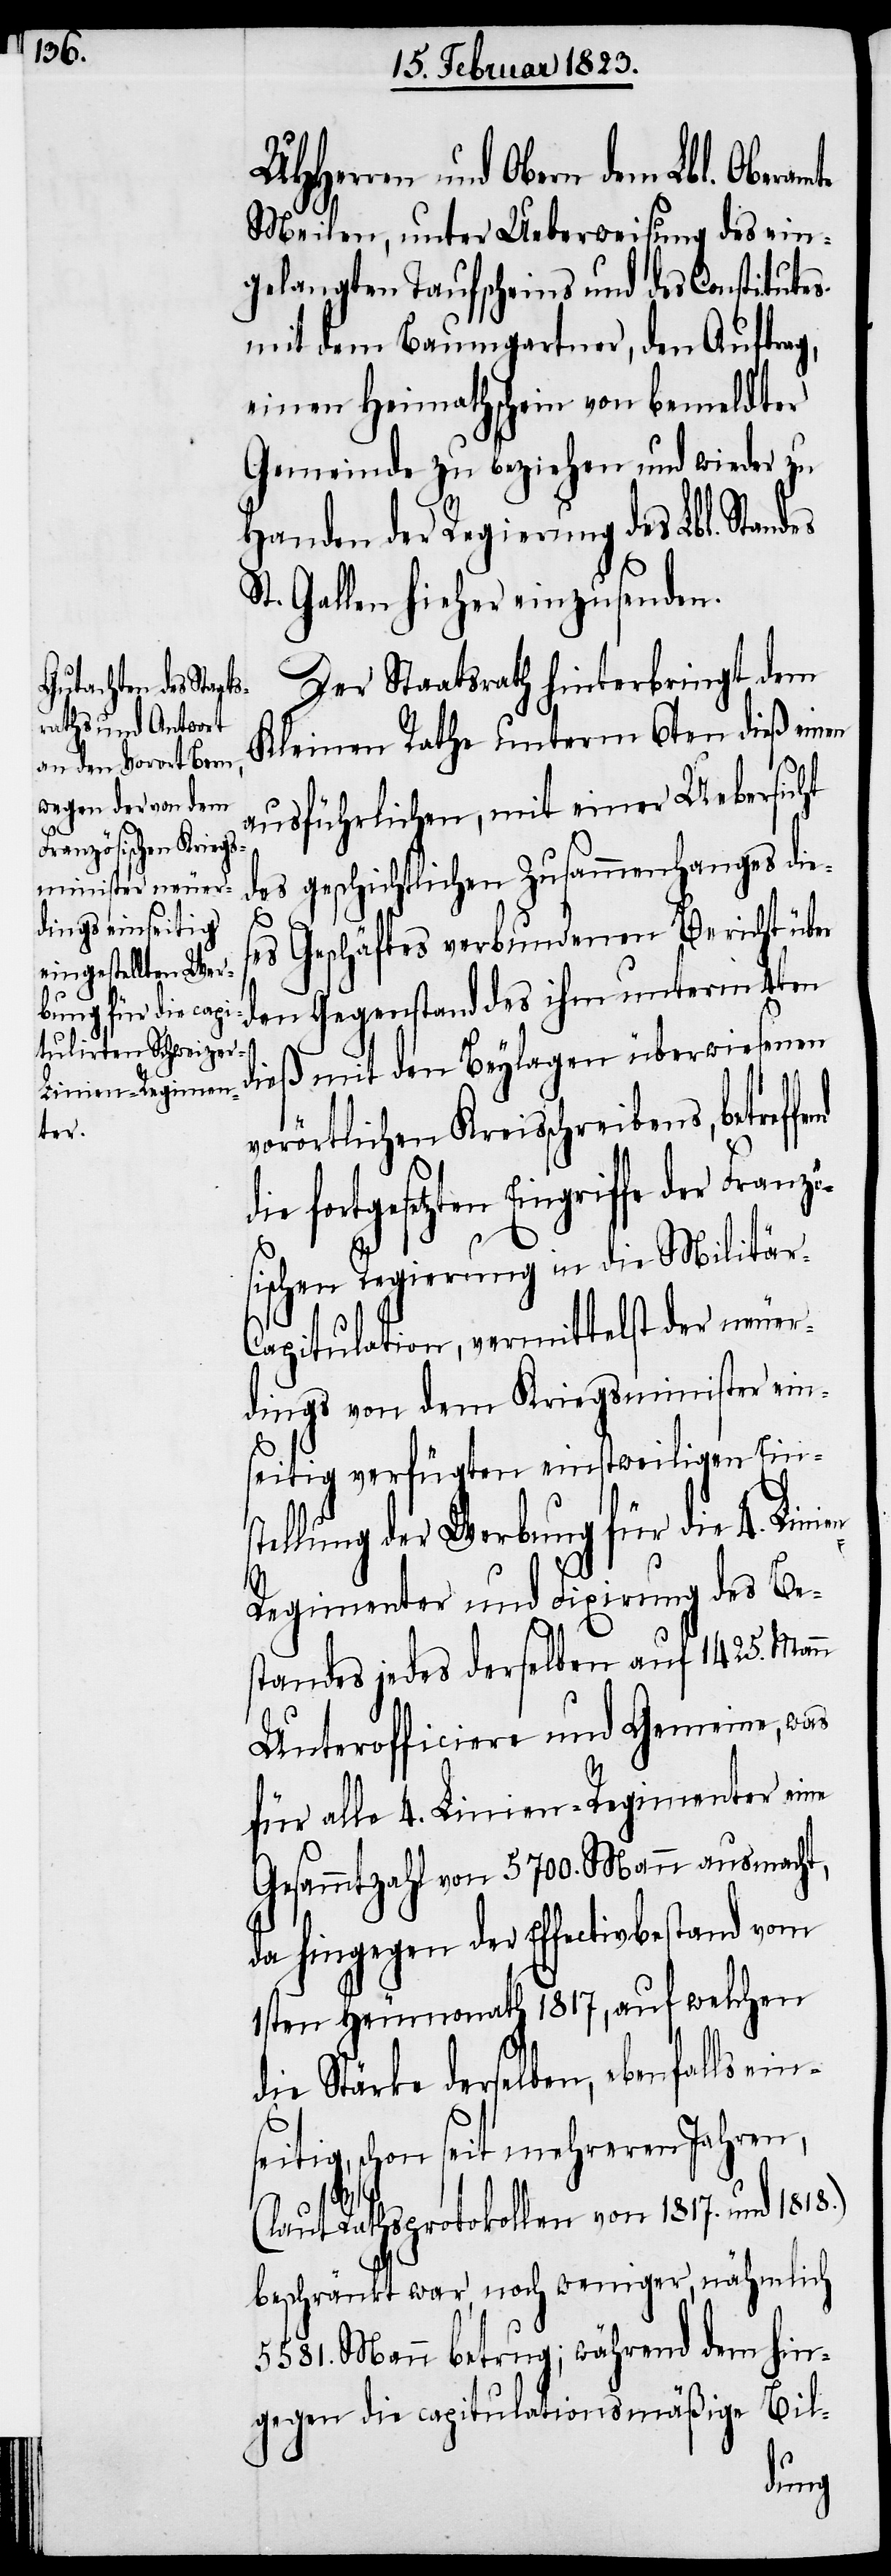
UHHerren und Obern dem Lbl. Oberam¬
Meilen, unter Ueberweisung des ein¬
gelangten Taufscheins und des Constitutes
mit dem Baumgartner, den Auftrag,
einen Heimathschein von bemeldter
Gemeinde zu beziehen und wieder zu
Handen der Regierung des Lbl. Standes
St. Gallen hieher einzusenden.
Der Staatsrath hinterbringt dem
Kleinen Rathe unterm 6ten dieß einen
ausführlichen, mit einer Uebersicht
des geschichtlichen Zusammenhanges die¬
ses Geschäftes verbundenen Bericht über
den Gegenstand des ihm unterm 4ten
dieß mit den Beylagen überwiesenen
nd
s¬
vorörtlichen Kreisschreibens, betreffe¬
fortgesetzten Eingriffe der Franzö¬
sischen Regierung in die Militär-C¬
apitulation, vermittelst der neuer¬
dings von dem Kriegsminister ein¬
seitig verfügten einstweiligen Eins¬
tellung der Werbung für die 4. Lini¬
en-Regimenter und Fixirung des Be¬
standes jedes derselben auf 1425. Mann
Unterofficiere und Gemeine, was
für alle 4. Linien-Regimenter eine
Gesammtzahl von 5700. Mann ausmacht,
da hingegen der Effectivbestand vom
1sten Heumonath 1817, auf welchen
die Stärke derselben, ebenfalls ein¬
eitig, schon seit mehreren Jahren,
(laut Rathsprotokollen von 1817. und 1818.)
beschränkt war, noch weniger, nähmlich
5581. Mann betrug; während dem hin¬
Bil-
gegen die capitulationsmäßige
die